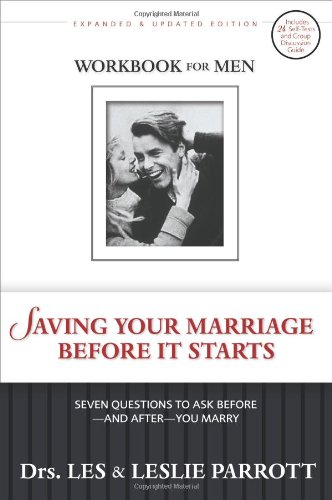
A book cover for Saving Your Marriage Before It Starts Workbook for Men: Seven Questions to Ask Before---and After---You Marry; Les Parrott; Parenting & Relationships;